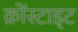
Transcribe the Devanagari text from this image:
क्रोंस्टाड्ट